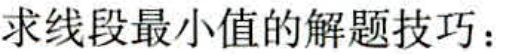
求线段最小值的解题技巧：